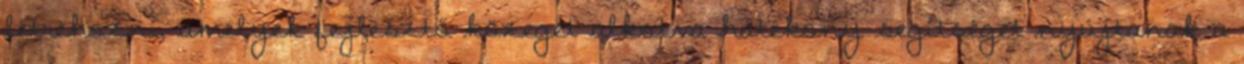
létrehozni, amelyek fejlesztő közeget alkotva hatékony segítséget nyújtanak a